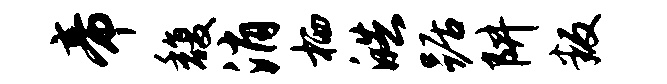
帝馥消栖皓踞阱叛